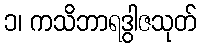
၁၊ ကသိဘာရဒွါဇသုတ်